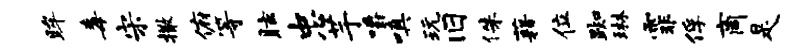
眸毒宋撒俯等眩忠芋嚼嗔玩旧侏藉位踟琳霏俘商是